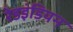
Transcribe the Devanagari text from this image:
रेडइंडियन